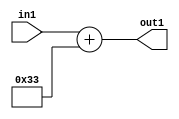
`timescale 1ps / 1ps
/*****************************************************************************
    Verilog RTL Description
    
    
    Created by: Stratus DpOpt 2019.1.01 
*******************************************************************************/

module DC_Filter_Add_12U_165_4 (
	in1,
	out1
	); /* architecture "behavioural" */ 
input [11:0] in1;
output [11:0] out1;
wire [11:0] asc001;

assign asc001 = 
	+(in1)
	+(12'B000000110011);

assign out1 = asc001;
endmodule

/* CADENCE  urj4QgE= : u9/ySgnWtBlWxVPRXgAZ4Og= ** DO NOT EDIT THIS LINE ******/